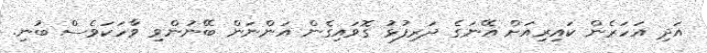
އަދި އަހަރެން ކައިރިއަށް އޭނަގެ ދަރިފުޅު ގޮވައިގެން އަންނަން ބޭނުންވި ވާހަކަވެސް ބުނި.